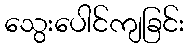
သွေးပေါင်ကျခြင်း